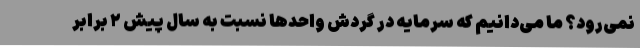
نمی‌رود؟ ما می‌دانیم که سرمایه در گردش واحدها نسبت به سال پیش ۲ برابر